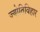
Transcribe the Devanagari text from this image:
ज्योतिविहार